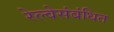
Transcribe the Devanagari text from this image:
रेल्वेसंबंधित